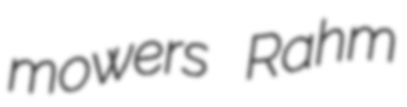
mowers Rahm